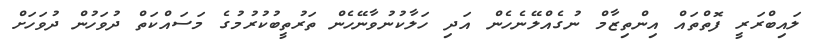
ލައިބްރަރީ ފޮތްތައް އިންތިޒާމް ނުގެއްލޭނެހެން އަދި ހަލާކުނުވާނޭހެން ތަރުތީބުކުރުމުގެ މަސައްކަތް ދުވަހުން ދުވަހަށް